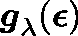
\boldsymbol { g } _ { \mathbf { \lambda } } ( \boldsymbol { \epsilon } )